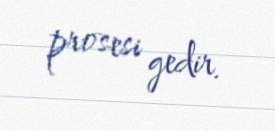
prosesi gedir.